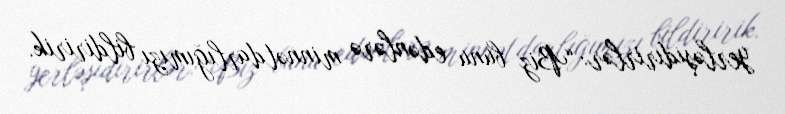
yerləşidirirlər: “Biz bunu edənlərə minnətdarlığımızı bildiririk.